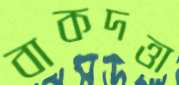
বাকদত্তা